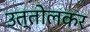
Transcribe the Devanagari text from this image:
उत्तोलकर